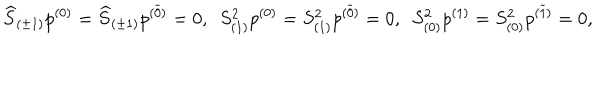
\widehat { S } _ { ( \pm 1 ) } p ^ { ( 0 ) } = \widehat { S } _ { ( \pm 1 ) } p ^ { ( \widetilde { 0 } ) } = 0 , ~ ~ S _ { ( 1 ) } ^ { 2 } p ^ { ( 0 ) } = S _ { ( 1 ) } ^ { 2 } p ^ { ( \widetilde { 0 } ) } = 0 , ~ ~ S _ { ( 0 ) } ^ { 2 } p ^ { ( 1 ) } = S _ { ( 0 ) } ^ { 2 } p ^ { ( \widetilde { 1 } ) } = 0 ,